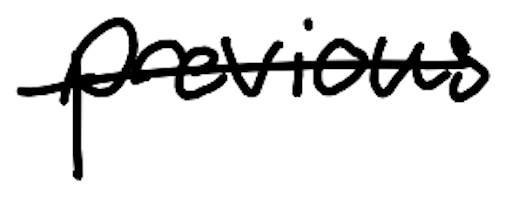
Text: previous
Cross-out: single-line
Writing tool: digital_black